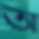
অ